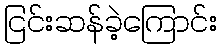
ငြင်းဆန်ခဲ့ကြောင်း